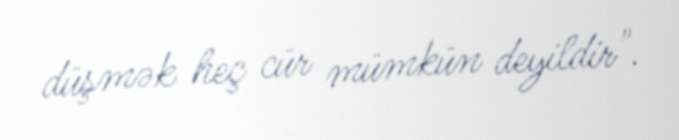
düşmək heç cür mümkün deyildir".